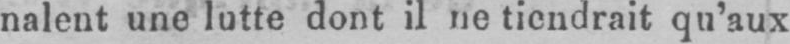
nalent une lutte dont il ne tiendrait qu’aux